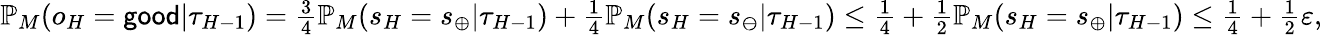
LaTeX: \begin{array}{r}{\mathbb{P}_{M}(o_{H}={\sf good}|\tau_{H-1})=\frac 34\mathbb{P}_{M}(s_{H}=s_{\oplus}|\tau_{H-1})+\frac 14\mathbb{P}_{M}(s_{H}=s_{\ominus}|\tau_{H-1})\leq\frac 14+\frac 12\mathbb{P}_{M}(s_{H}=s_{\oplus}|\tau_{H-1})\leq\frac 14+\frac 12\varepsilon,}\end{array}